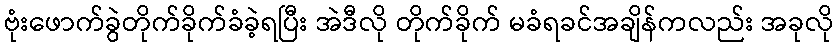
ဗုံးဖောက်ခွဲတိုက်ခိုက်ခံခဲ့ရပြီး အဲဒီလို တိုက်ခိုက် မခံရခင်အချိန်ကလည်း အခုလို